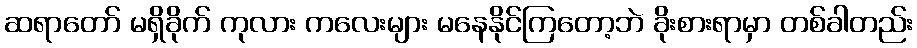
ဆရာတော် မရှိခိုက် ကုလား ကလေးများ မနေနိုင်ကြတော့ဘဲ ခိုးစားရာမှာ တစ်ခါတည်း